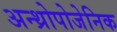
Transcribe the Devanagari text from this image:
अन्थ्रोपोजेनिक